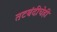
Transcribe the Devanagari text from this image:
तटबंदीचेही